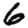
Digit: 6